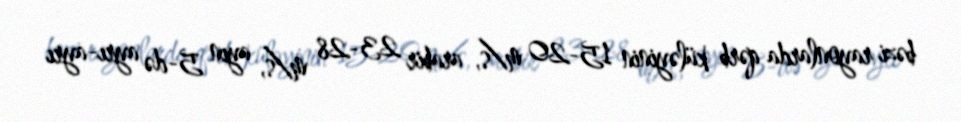
bəzi rayonlarda qərb küləyinin 15-20 m/s, arabir 23-28 m/s, ayın 5-də ayrı-ayrı